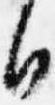
日